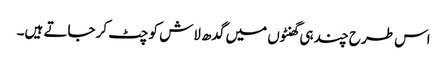
اس طرح چند ہی گھنٹوں میں گدھ لاش کو چٹ کر جاتے ہیں۔